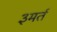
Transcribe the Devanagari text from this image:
३मर्त